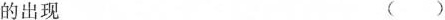
的出现 ()